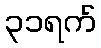
၃၁ရက်